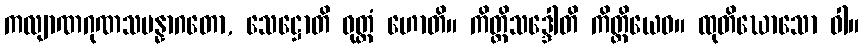
ကလျာဏဂုဏသမန္နာဂတော, သေဋ္ဌောတိ ဝုတ္တံ ဟောတိ။ ကိတ္တိသဒ္ဒေါတိ ကိတ္တိယေဝ။ ထုတိဃောသော ဝါ။